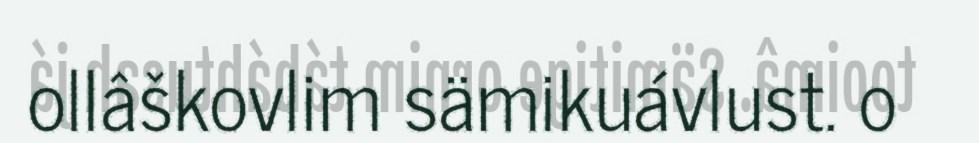
ollâškovlim sämikuávlust. o